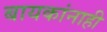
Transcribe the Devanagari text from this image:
बायकांनाही